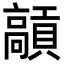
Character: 𩫢